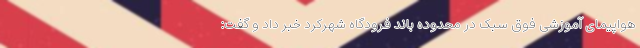
هواپیمای آموزشی فوق سبک در محدوده باند فرودگاه شهرکرد خبر داد و گفت: